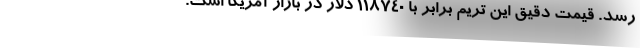
رسد. قیمت دقیق این تریم برابر با 118740 دلار در بازار آمریکا است.